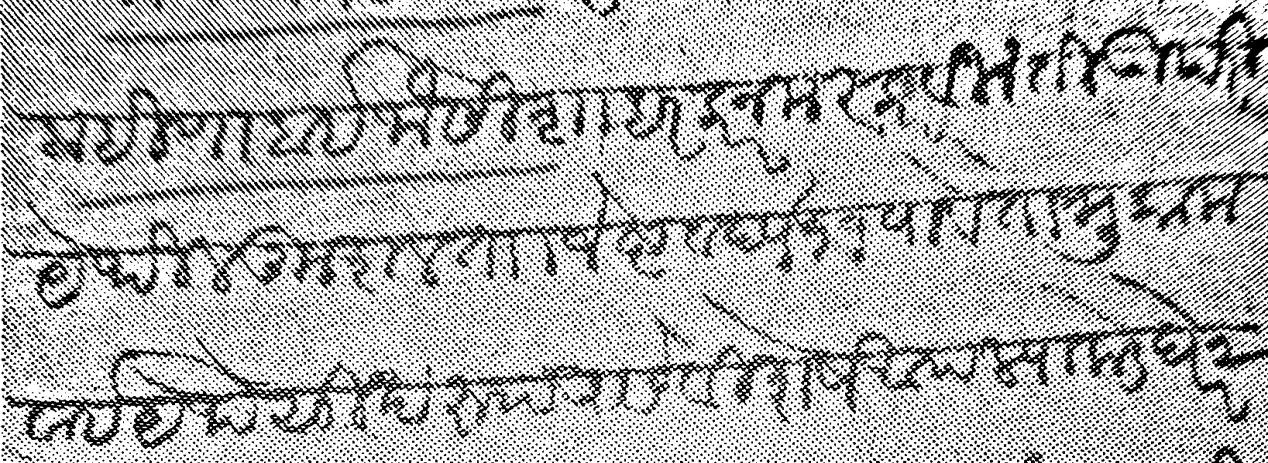
Transliteration (Devanagari): बहिणाबाई जोसी शाहरकर नमस्कार विनंती उपरी येथील कुशल ता जेष्ट वद्य ११ पावेतो मुकाम वाई येथे सुखरूप असे विशेष आपल्याकडे घरे २